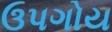
ઉપગોય